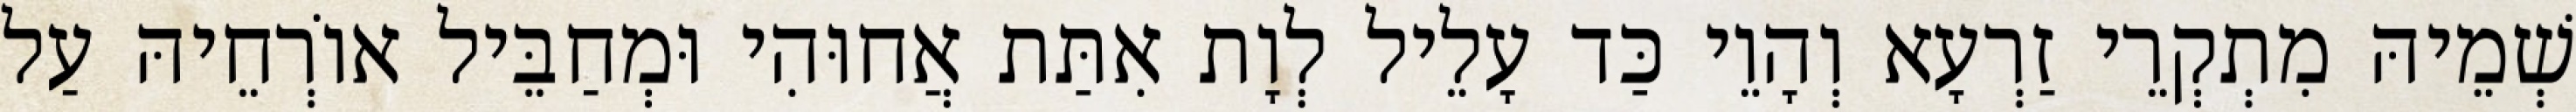
שְׁמֵיהּ מִתְקְרֵי זַרְעָא וְהָוֵי כַּד עָלֵיל לְוָת אִתַּת אֲחוּהִי וּמְחַבֵּיל אוֹרְחֵיהּ עַל